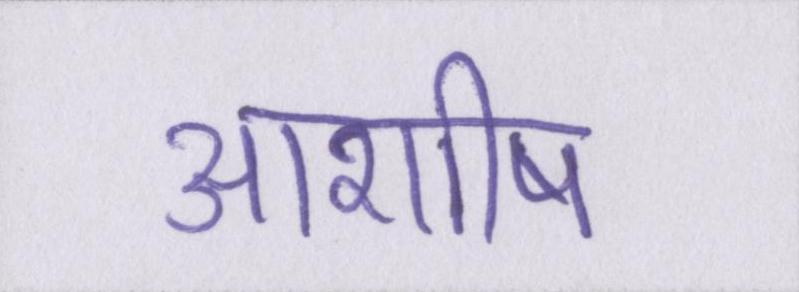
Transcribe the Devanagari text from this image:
आशीष